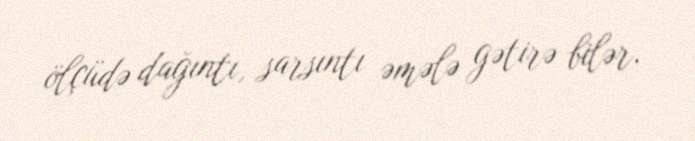
ölçüdə dağıntı, sarsıntı əmələ gətirə bilər.